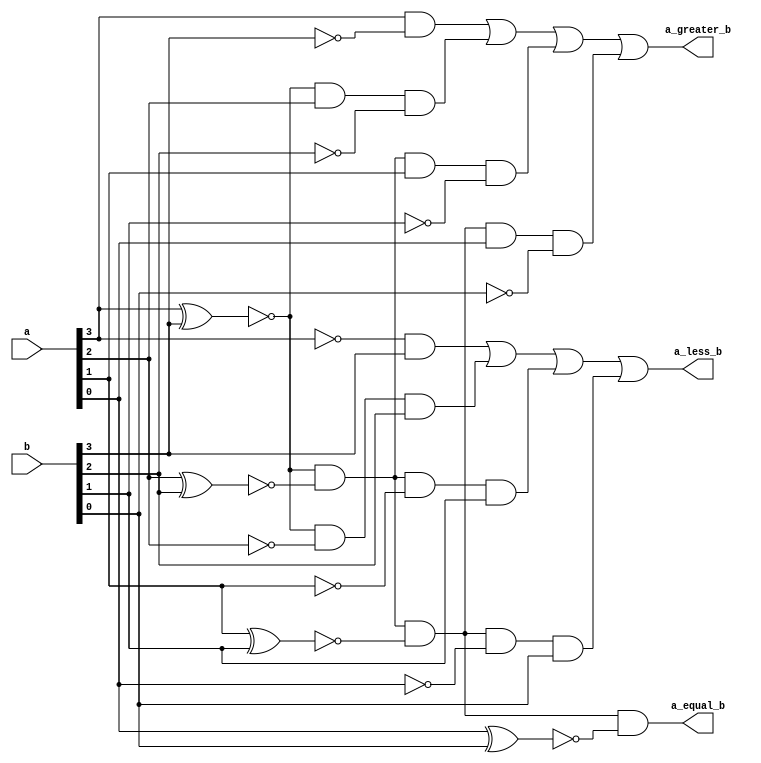

module comparitor_4bit(input [3:0] a,b,output a_less_b,a_greater_b,a_equal_b);

  wire w1,w2,w3;

  assign a_equal_b = (~(a[3]^b[3])) & (~(a[2]^b[2])) & (~(a[1]^b[1])) & (~(a[0]^b[0]));

  assign a_less_b = ~a[3]&b[3] | ~(a[3]^b[3])&~a[2]&b[2] | ~(a[3]^b[3])&~(a[2]^b[2])&~a[1]&b[1] | ~(a[3]^b[3])&~(a[2]^b[2])&~(a[1]^b[1])&~a[0]&b[0] ;

  assign a_greater_b = a[3]&~b[3] | ~(a[3]^b[3])&a[2]&~b[2] | ~(a[3]^b[3])&~(a[2]^b[2])&a[1]&~b[1] | ~(a[3]^b[3])&~(a[2]^b[2])&~(a[1]^b[1])&a[0]&~b[0] ;

endmodule